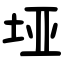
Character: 垭